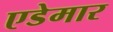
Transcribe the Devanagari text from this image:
एडेमार